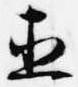
直